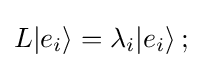
L|e_{i}\rangle =\lambda _{i}|e_{i}\rangle \,;